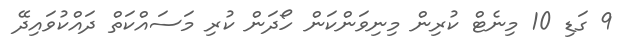
9 ގަޑި 10 މިނެޓް ކުރިން މިނިވަންކަން ހޯދަން ކުރި މަސައްކަތް ދައްކުވައިދޭ